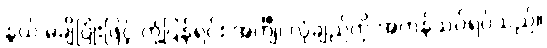
နွယ် မချိပြုံးဖြင့် တုံ့ပြန်ရင်း အင်္ကျီ၊ လုံချည်ကို အတန်သပ်ရပ်သည်။